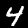
Label: 4